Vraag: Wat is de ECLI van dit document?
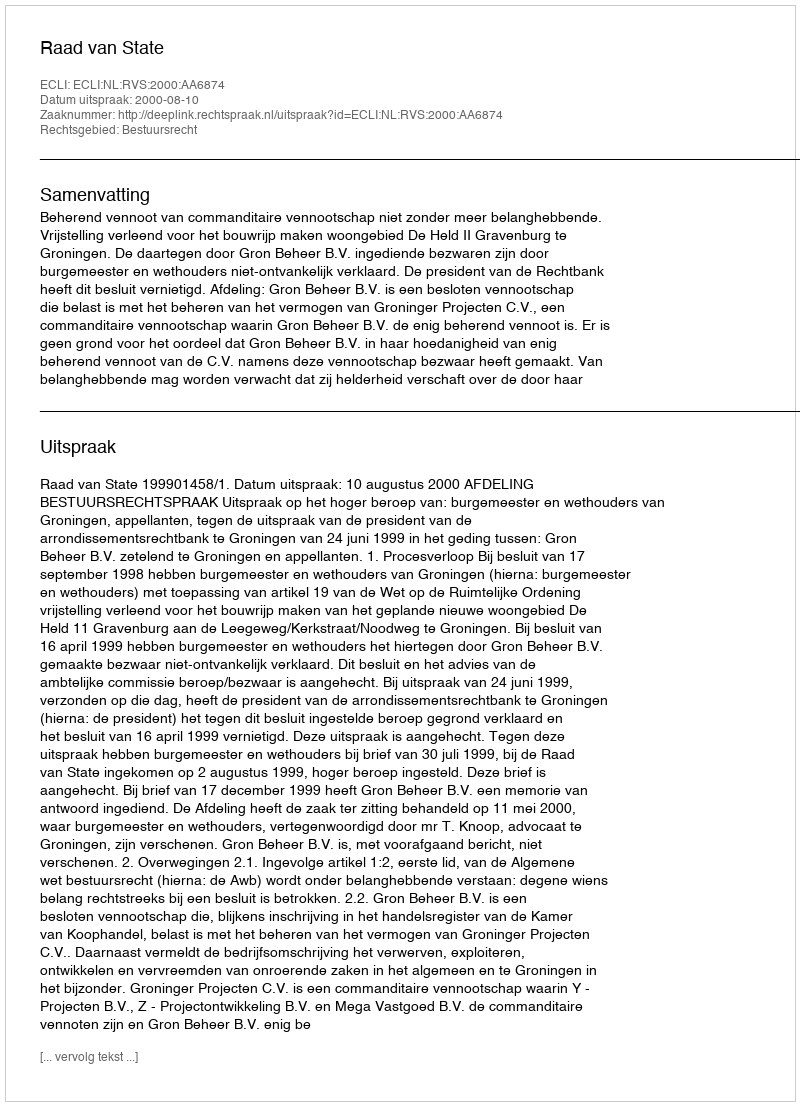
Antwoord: ECLI:NL:RVS:2000:AA6874